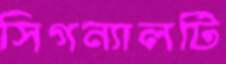
সিগন্যালটি